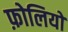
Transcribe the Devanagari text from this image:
फ़ोलियो